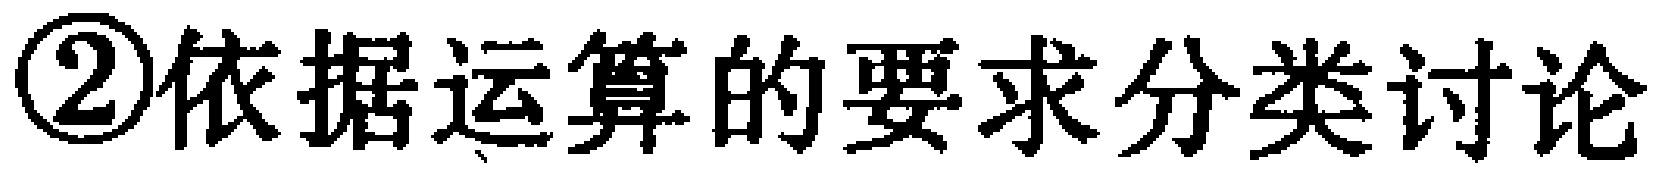
\textcircled{2}依据运算的要求分类讨论